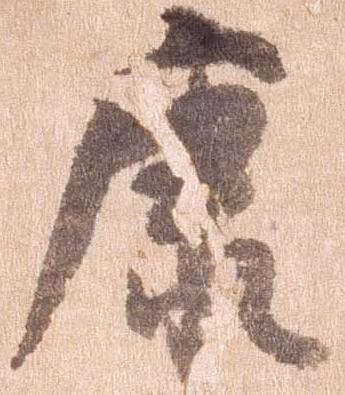
康